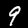
Label: 9